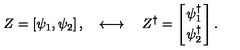
Z = \left[ \psi _ { 1 } , \psi _ { 2 } \right] , \quad \longleftrightarrow \quad Z ^ { \dagger } = \left[ { \psi _ { 1 } ^ { \dagger } \atop \psi _ { 2 } ^ { \dagger } } \right] .